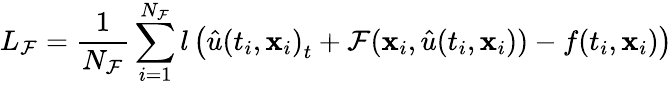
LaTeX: {L_{\cal F}}=\frac{1}{{{N_{\cal F}}}}\sum_{i=1}^{{N_{\cal F}}}{l\left({\hat{u}{{({t_{i}},{{\mathbf{x}}_{i}})}_{t}}+{\cal F}({{\mathbf{x}}_{i}},\hat{u}({t_{i}},{{\mathbf{x}}_{i}}))-f({t_{i}},{{\mathbf{x}}_{i}})}\right)}